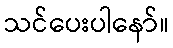
သင်ပေးပါနော်။